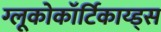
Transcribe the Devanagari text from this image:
ग्लूकोकॉर्टिकाय्ड्स